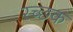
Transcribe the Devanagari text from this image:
रच्‍छक